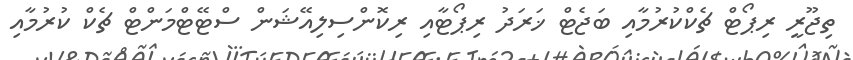
ތިޖޫރީ ރިޕޯޓް ޗެކްކުރުމާއި ބަޖެޓް ޚަރަދު ރިޕޯޓާއި ރިކޮންސިލިއޭޝަން ސްޓޭޓްމަންޓް ޗެކް ކުރުމާއި